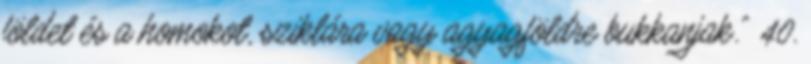
földet és a homokot, sziklára vagy agyagföldre bukkanjak.” 40.